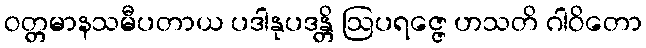
ဝတ္တမာနသမီပတာယ ပဒါနုပဒန္တိ ဩပရဇ္ဇေ ဟသတိ ဂါဝိတော